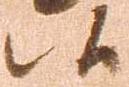
候